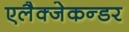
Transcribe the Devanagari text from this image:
एलैक्जेकन्डर